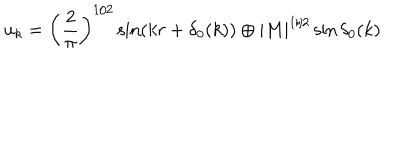
u _ { k } = \left( \frac { 2 } { \pi } \right) ^ { 1 / 2 } \sin ( k r + \delta _ { 0 } ( k ) ) \oplus | M | ^ { 1 / 2 } \sin \delta _ { 0 } ( k )